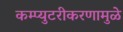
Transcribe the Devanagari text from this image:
कम्प्युटरीकरणामुळे